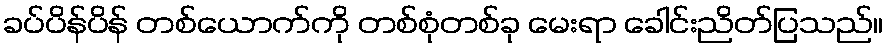
ခပ်ပိန်ပိန် တစ်ယောက်ကို တစ်စုံတစ်ခု မေးရာ ခေါင်းညိတ်ပြသည်။